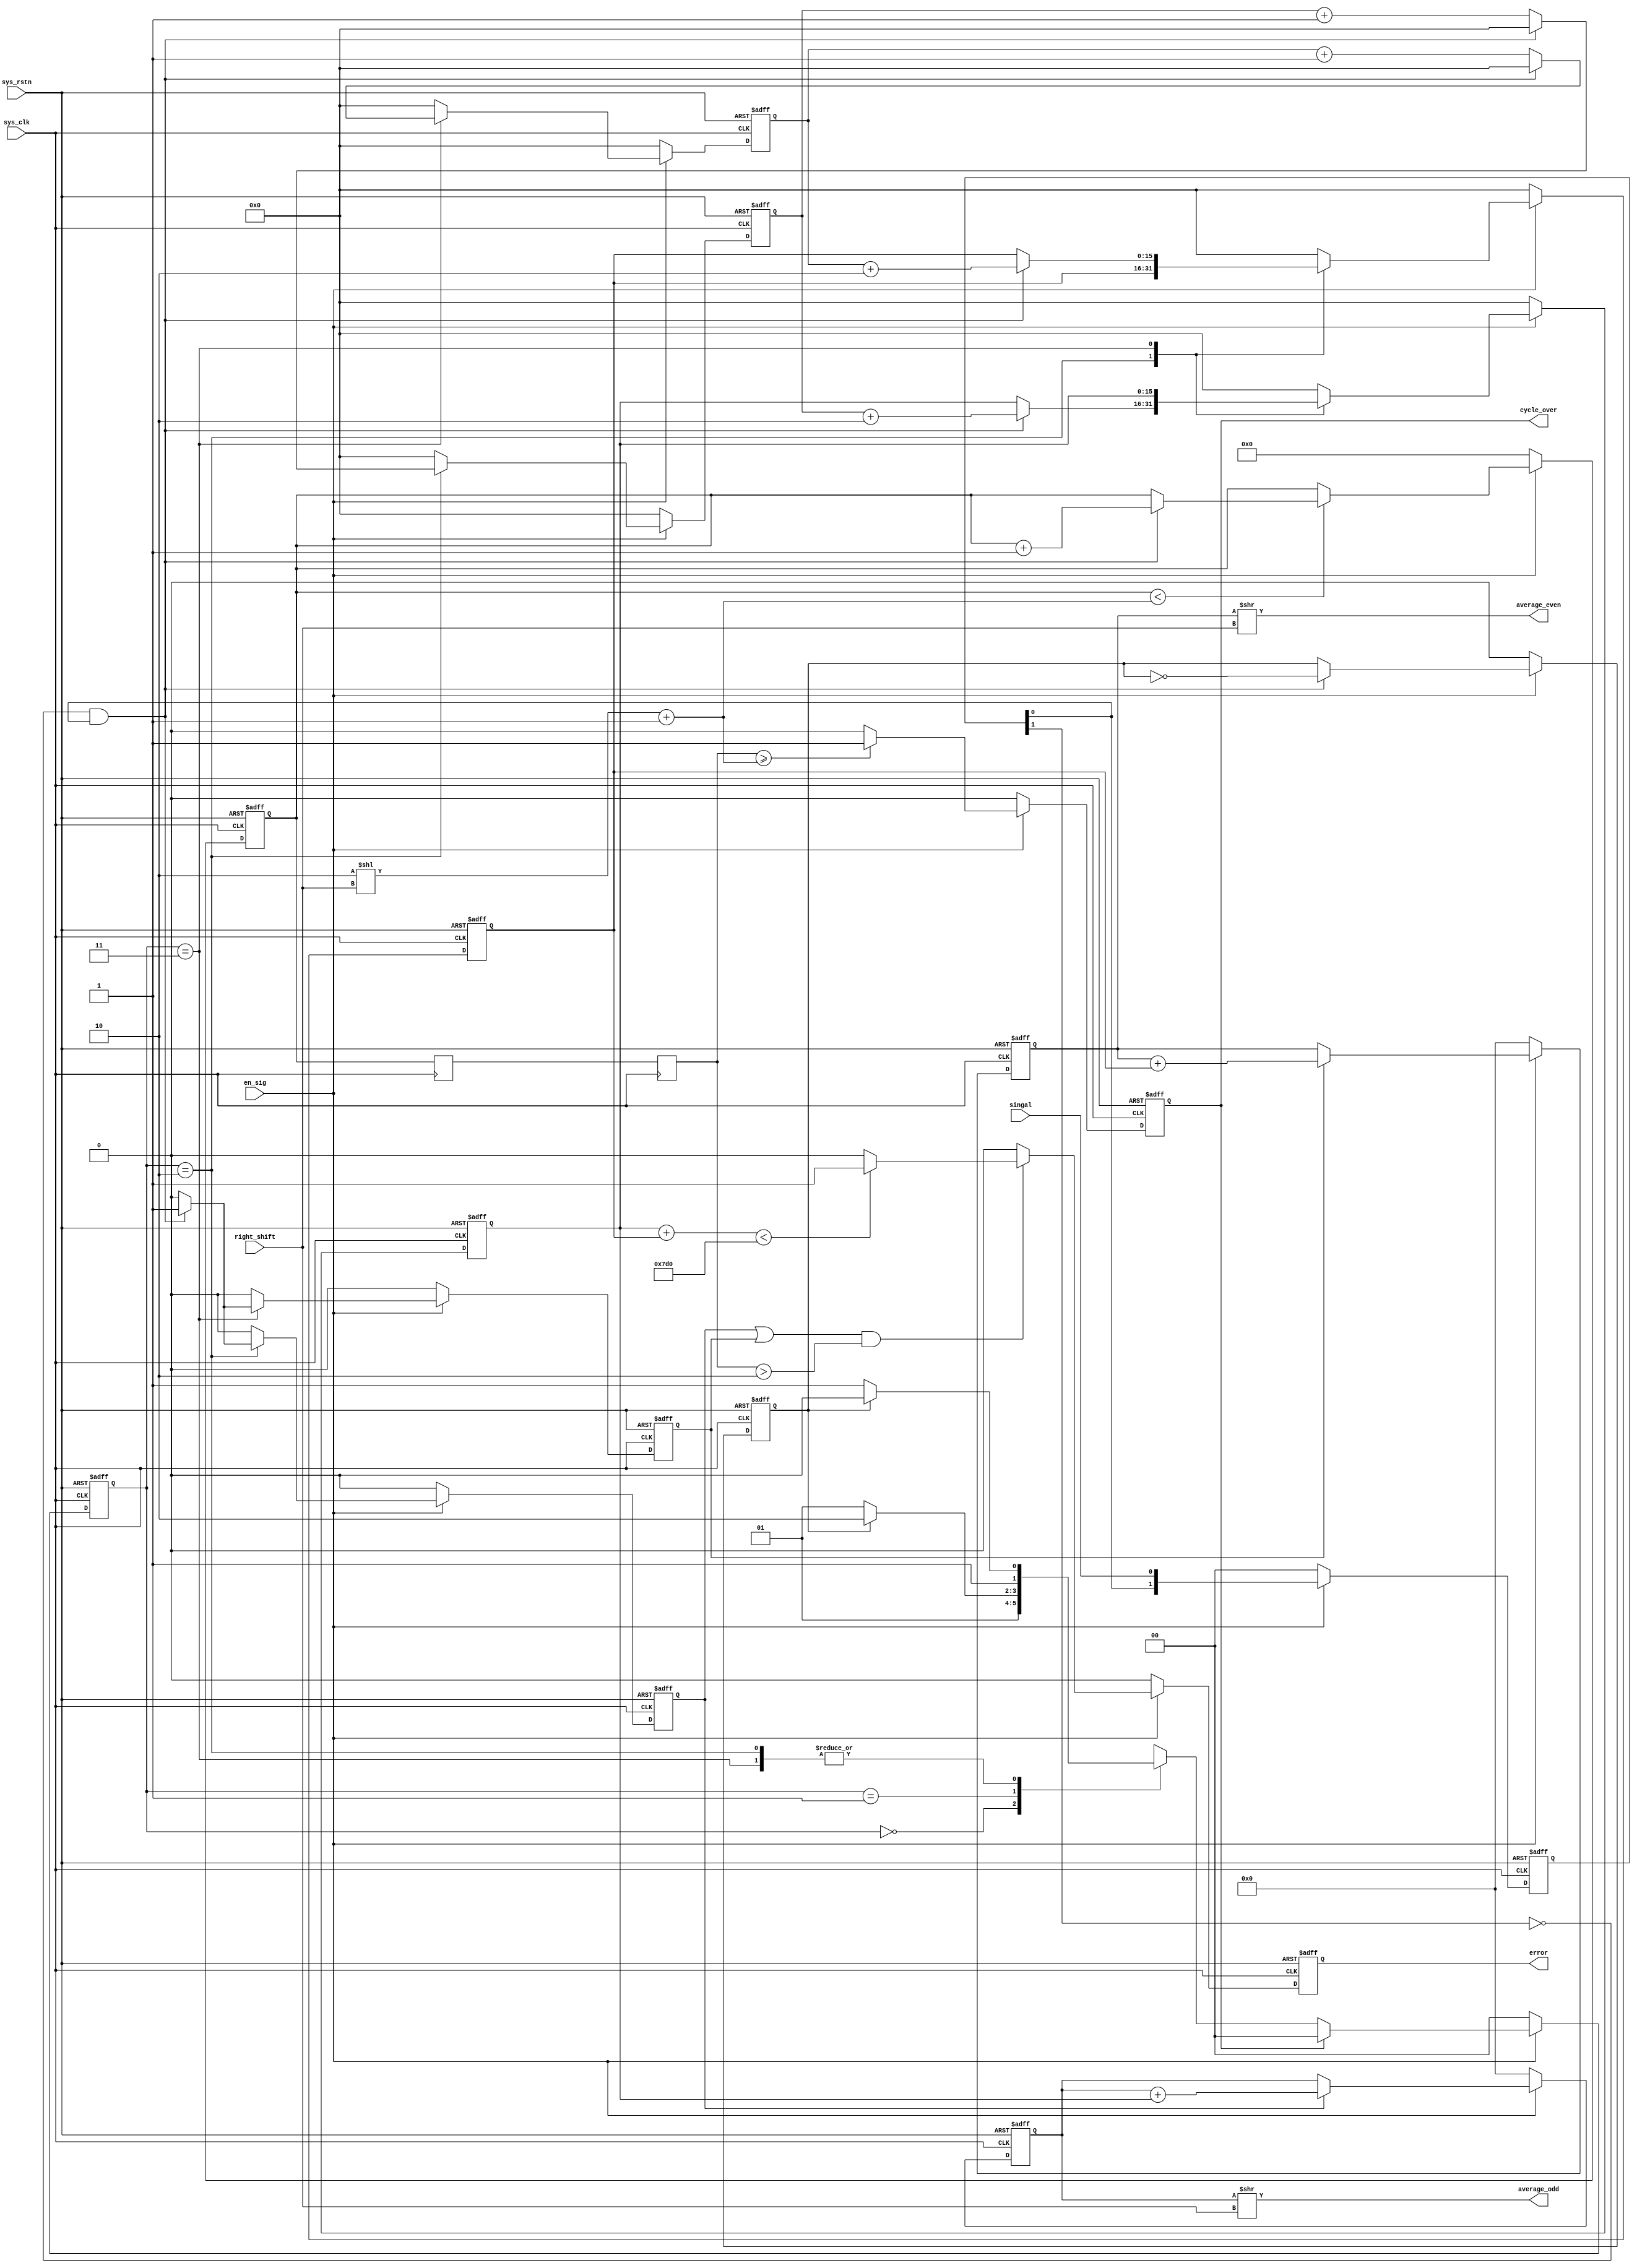
`timescale 1ns / 1ps
//////////////////////////////////////////////////////////////////////////////////
// Company:
// Engineer:
//
// Create data: 2022/03/08 10:14:20
// Design Name:
// Module Name: Cycle_measurement
// Project Name:
// Target Devices:
// Tool Versions:
// Description:
//
// Dependencies:
//
// Revision:
// Revision 0.01 - File Created
// Additional Comments:
//
//////////////////////////////////////////////////////////////////////////////////
//? V2idle
//? cycle3clk3clk

module Cycle_measurement(input sys_rstn,                                        // *
                         input sys_clk,                                         // *100MHz
                         input singal,                                          // *5-10kHZ
                         input en_sig,                                          // *
                         input [2:0] right_shift,                               // *right_shift = 4161~5
                         output [23:0] average_odd,                             // *
                         output [23:0] average_even,                            // *
                         output reg cycle_over,                                 // *
                         output reg error);                                     // *
    reg odd_cnt_over;                                                           // *
    reg even_cnt_over;                                                          // *
    reg [15:0] odd_cnt;                                                         // *
    reg [15:0] even_cnt;                                                        // *
    reg [15:0] odd_cnt_reg;                                                     // *
    reg [15:0] even_cnt_reg;                                                    // *
    wire [7:0] cycle_N;                                                         // *
    reg [7:0] cycle_cnt;                                                        // *
    reg [7:0] cycle_cnt_1clk;                                                   // *cycle_cnt1
    reg [7:0] cycle_cnt_2clk;                                                   // *cycle_cnt2
    localparam cnt_over_normal = 16'd2_000;                                     // *100M5~10k20_000~40_000
    reg [1:0] positive_edge;                                                    //*
    wire singal_pos;                                                            //*
    reg state_sign;                                                             //*10
    localparam idle = 2'd0,odd_wait = 2'd1,odd_state = 2'd2,even_state = 2'd3;
    reg [1:0] state,next_state;
    always @(*) begin
        case (state)
            idle:next_state       = en_sig?odd_wait:idle;
            odd_wait:next_state   = state_sign?odd_state:odd_wait;
            odd_state:next_state  = state_sign?odd_state:even_state;
            even_state:next_state = state_sign?odd_state:even_state;
            default:next_state    = idle;
        endcase
    end
    
    // ?
    always @(posedge sys_clk or negedge sys_rstn) begin
        if (!sys_rstn)
            state <= idle;
        else if (!en_sig)
            state <= idle;
        else if (cycle_over)
            state <= idle;
        else
            state <= next_state;
    end
    
    // ?2(1.1~2.1)
    always @(posedge sys_clk or negedge sys_rstn) begin
        if (!sys_rstn)
            positive_edge <= 2'd0;
        else if (!en_sig)
            positive_edge <= 2'd0;
        else
            positive_edge <= {positive_edge[0],singal};
    end
    assign singal_pos = ~positive_edge[1]&positive_edge[0];
    
    // ?state_signsingal_pos3(2.1~n+2.1)
    // ?idle010
    always @(posedge sys_clk or negedge sys_rstn) begin
        if (!sys_rstn)
            state_sign <= 1'd0;
        else if (!en_sig)
            state_sign <= 1'd0;
        else if (singal_pos)
            state_sign <= ~state_sign;
        else
            state_sign <= state_sign;
    end
    
    // ?odd_cnteven_cnt2(1.1~n+1.1)
    always @(posedge sys_clk or negedge sys_rstn) begin
        if (!sys_rstn) begin
            odd_cnt_over  <= 1'd0;
            even_cnt_over <= 1'd0;
            odd_cnt       <= 16'd0;
            even_cnt      <= 16'd0;
            odd_cnt_reg   <= 16'd0;
            even_cnt_reg  <= 16'd0;
        end
        else if (!en_sig) begin
            odd_cnt_over  <= 1'd0;
            even_cnt_over <= 1'd0;
            odd_cnt       <= 16'd0;
            even_cnt      <= 16'd0;
            odd_cnt_reg   <= 16'd0;
            even_cnt_reg  <= 16'd0;
        end
        else begin
            case (state)
                odd_state: begin
                    if (singal_pos == 1'b0) begin               //*3.1~n+3.1odd3~n+1singal_pos = 1'b0
                        odd_cnt_over  <= 1'd0;
                        odd_cnt       <= odd_cnt+1'd1;
                        odd_cnt_reg   <= odd_cnt_reg;
                        even_cnt_over <= 1'd0;
                        even_cnt      <= 16'd0;
                        even_cnt_reg  <= even_cnt_reg;
                    end
                    else begin
                        odd_cnt_over  <= 1'd1;
                        odd_cnt       <= 16'd0;
                        odd_cnt_reg   <= odd_cnt+16'd2;           //*
                        even_cnt_over <= 1'd0;
                        even_cnt      <= 16'd0;
                        even_cnt_reg  <= even_cnt_reg;
                    end
                end
                even_state: begin
                    if (singal_pos == 1'b0) begin
                        even_cnt_over <= 1'd0;
                        even_cnt      <= even_cnt+1'd1;
                        even_cnt_reg  <= even_cnt_reg;
                        odd_cnt_over  <= 1'd0;
                        odd_cnt       <= 16'd0;
                        odd_cnt_reg   <= odd_cnt_reg;
                    end
                    else begin
                        even_cnt_over <= 1'd1;
                        even_cnt      <= 16'd0;
                        even_cnt_reg  <= even_cnt+16'd2;
                        odd_cnt_over  <= 1'd0;
                        odd_cnt       <= 16'd0;
                        odd_cnt_reg   <= odd_cnt_reg;
                    end
                end
                default: begin
                    odd_cnt_over  <= 1'd0;
                    even_cnt_over <= 1'd0;
                    odd_cnt       <= 16'd0;
                    even_cnt      <= 16'd0;
                    odd_cnt_reg   <= 16'd0;
                    even_cnt_reg  <= 16'd0;
                end
            endcase
        end
    end
    
    assign cycle_N = (8'd2<<right_shift)+1'd1;
    // ?singal_pos = 1,+13(2.1~n+2.1)
    always @(posedge sys_clk or negedge sys_rstn) begin
        if (!sys_rstn)
            cycle_cnt <= 8'd0;
        else if (!en_sig)
            cycle_cnt <= 8'd0;
        else if (cycle_cnt < cycle_N) begin                                //*cycle_N = 3316
            if (singal_pos == 1'b1)
                cycle_cnt <= cycle_cnt+1'd1;
            else
                cycle_cnt <= cycle_cnt;
        end
        else
            cycle_cnt <= cycle_cnt;
    end
    always @(posedge sys_clk) begin
        cycle_cnt_1clk <= cycle_cnt;                           //*1
        cycle_cnt_2clk <= cycle_cnt_1clk;                      //*2
    end
    
    // ?cycle_cnt> = cycle_Ncycle_over = 15(5.1)
    always @(posedge sys_clk or negedge sys_rstn) begin
        if (!sys_rstn)
            cycle_over <= 1'd0;
        else if (!en_sig)
            cycle_over <= 1'd0;
        else if (cycle_cnt_2clk >= cycle_N)
            cycle_over <= 1'd1;
        else
            cycle_over <= 1'd0;
    end
    
    // ?odd_cnt_over+even_cnt_overerror = 1
    // ?5(5.1)
    always @(posedge sys_clk or negedge sys_rstn) begin
        if (!sys_rstn)
            error <= 1'd0;
        else if (!en_sig)
            error <= 1'd0;
        else if ((odd_cnt_over||even_cnt_over)&&(cycle_cnt_2clk>2)) begin
            if (odd_cnt_reg+even_cnt_reg < cnt_over_normal)
                error <= 1'd1;
            else
                error <= 1'd0;
        end
        else
            error <= 1'd0;
    end
    
    // ?
    reg [23:0] sum_odd;
    reg [23:0] sum_even;
    always @(posedge sys_clk or negedge sys_rstn) begin
        if (!sys_rstn)
            sum_odd <= 24'd0;
        else if (!en_sig)
            sum_odd <= 24'd0;
        else if (odd_cnt_over)
            sum_odd <= sum_odd+odd_cnt_reg;
        else
            sum_odd <= sum_odd;
    end
    always @(posedge sys_clk or negedge sys_rstn) begin
        if (!sys_rstn)
            sum_even <= 24'd0;
        else if (!en_sig)
            sum_even <= 24'd0;
        else if (even_cnt_over)
            sum_even <= sum_even+even_cnt_reg;
        else
            sum_even <= sum_even;
    end
    assign average_odd  = sum_odd>>right_shift;
    assign average_even = sum_even>>right_shift;
endmodule